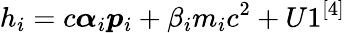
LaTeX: h_{i}=c\boldsymbol{\alpha}_{i}\boldsymbol{p}_{i}+\beta_{i}m_{i}c^{2}+U1^{[4]}